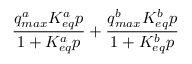
\frac { q _ { m a x } ^ { a } K _ { e q } ^ { a } p } { 1 + K _ { e q } ^ { a } p } + \frac { q _ { m a x } ^ { b } K _ { e q } ^ { b } p } { 1 + K _ { e q } ^ { b } p }